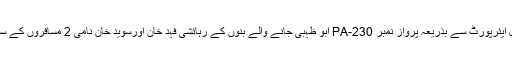
نوویں کاروائی کے دوران اے این ایف راولپنڈی نے نیو اسلام آباد انٹرنیشنل ایئرپورٹ سے بذریعہ پرواز نمبر PA-230 ابو ظہبی جانے والے بنوں کے رہائشی فہد خان اورسوید خان نامی 2 مسافروں کے سفری بیگ 2.2 کلو گرام چرس برآمد کر کے دونوں ملزمان گرفتار کر لیا۔